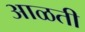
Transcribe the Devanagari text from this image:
आळती